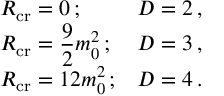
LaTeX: \begin{array} { l l } { { R _ { \mathrm { c r } } = 0 \, ; } } & { { D = 2 \, , } } \\ { { \displaystyle R _ { \mathrm { c r } } = \frac { 9 } { 2 } m _ { 0 } ^ { 2 } \, ; } } & { { D = 3 \, , } } \\ { { R _ { \mathrm { c r } } = 1 2 m _ { 0 } ^ { 2 } \, ; } } & { { D = 4 \, . } } \end{array}